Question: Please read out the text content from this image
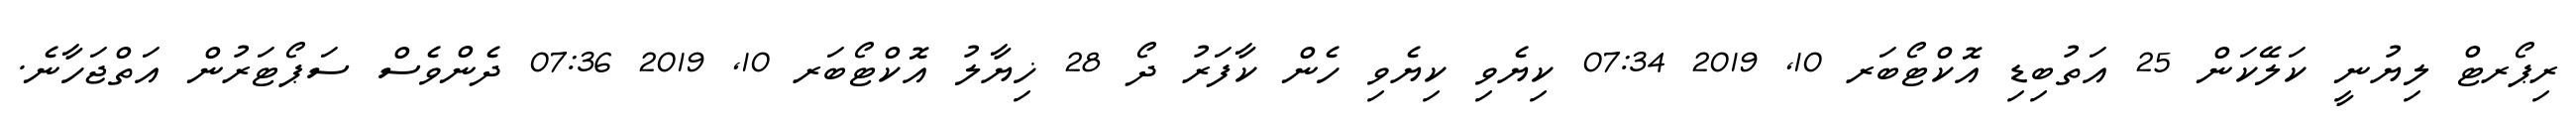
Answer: ރިޕޯރޓް ލިޔުނީ ކަލޭކަން 25 އަތުބިޑި އޮކްޓޯބަރ 10, 2019 07:34 ކިޔެވި ކިޔެވި ހެން ކާފަރު ދޯ 28 ޚިޔާލު އޮކްޓޯބަރ 10, 2019 07:36 ދެންވެސް ސަޕޯޓަރުން އަތްޖަހާނެ.